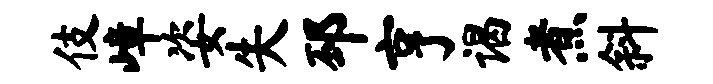
伎嶂姿失邳亨谒煮斜